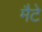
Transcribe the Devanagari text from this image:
मैटे